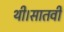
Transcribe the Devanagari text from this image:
थी।सातवीं